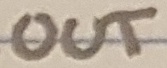
Text: OUT